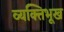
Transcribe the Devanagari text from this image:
व्यक्तिभूख